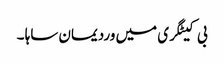
بی کیٹگری میں وردیمان ساہا ۔